Report on the nature of kala-azar
Disease focus: Kala-Azar
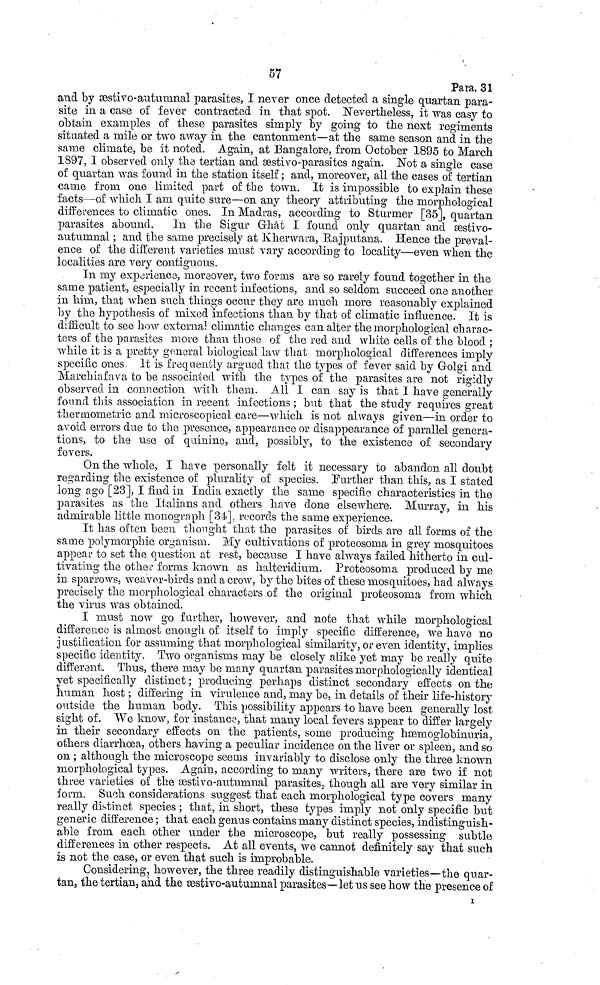
57
Para. 31
and by æstivo-autumnal parasites, I never once detected a single quartan para-
site in a case of fever contracted in that spot. Nevertheless, it was easy to
obtain examples of these parasites simply by going to the next regiments
situated a mile or two away in the cantonment—at the same season and in the
same climate, be it noted. Again, at Bangalore, from October 1895 to March
1897, I observed only the tertian and æstivo-parasites again. Not a single case
of quartan was found in the station itself ; and, moreover, all the cases of tertian
came from one limited part of the town. It is impossible to explain these
facts—of which I am quite sure—on any theory attributing the morphological
differences to climatic ones. In Madras, according to Sturmer [35], quartan
parasites abound. In the Sigur Ghât I found only quartan and æstivo-
autumnal ; and the same precisely at Kherwara, Rajputana. Hence the preval-
ence of the different varieties must vary according to locality—even when the
localities are very contiguous.
In my experience, moreover, two forms are so rarely found together in the
same patient, especially in recent infections, and so seldom succeed one another
in him, that when such things occur they are much more reasonably explained
by the hypothesis of mixed infections than by that of climatic influence. It is
difficult to see how external climatic changes can alter the morphological charac-
ters of the parasites more than those of the red and white cells of the blood ;
while it is a pretty general biological law that morphological differences imply
specific ones. It is frequently argued that the types of fever said by Golgi and
Marchiafava to be associated with the types of the parasites are not rigidly
observed in connection with them. All I can say is that I have generally
found this association in recent infections ; but that the study requires great
thermometric and microscopical care—which is not always given—in order to
avoid errors due to the presence, appearance or disappearance of parallel genera-
tions, to the use of quinine, and, possibly, to the existence of secondary
fevers.
On the whole, I have personally felt it necessary to abandon all doubt
regarding the existence of plurality of species. Further than this, as I stated
long ago [23], I find in India exactly the same specific characteristics in the
parasites as the Italians and others have done elsewhere. Murray, in his
admirable little monograph [34], records the same experience.
It has often been thought that the parasites of birds are all forms of the
same polymorphic organism. My cultivations of proteosoma in grey mosquitoes
appear to set the question at rest, because I have always failed hitherto in cul-
tivating the other forms known as halteridium. Proteosoma produced by me
in sparrows, weaver-birds and a crow, by the bites of these mosquitoes, had always
precisely the morphological characters of the original proteosoma from which
the virus was obtained.
I must now go farther, however, and note that while morphological
difference is almost enough of itself to imply specific difference, we have no
justification for assuming that morphological similarity, or even identity, implies
specific identity. Two organisms may be closely alike yet may be really quite
differant. Thus, there may be many quartan parasites morphologically identical
yet specifically distinct ; producing perhaps distinct secondary effects on the
human host ; differing in virulence and, may be, in details of their life-history
outside the human body. This possibility appears to have been generally lost
sight of. We know, for instance, that many local fevers appear to differ largely
in their secondary effects on the patients, some producing hæmoglobinuria,
others diarrhœa, others having a peculiar incidence on the liver or spleen, and so
on ; although the microscope seems invariably to disclose only the three known
morphological types. Again, according to many writers, there are two if not
three varieties of the æstivo-autumnal parasites, though all are very similar in
form. Such considerations suggest that each morphological type covers many
really distinct species ; that, in short, these types imply not only specific but
generic difference ; that each genus contains many distinct species, indistinguish-
able from each other under the microscope, but really possessing subtle
differences in other respects. At all events, we cannot definitely say that such
is not the case, or even that such is improbable.
Considering, however, the three readily distinguishable varieties—the quar-
tan, the tertian, and the æstivo-autumnal parasites—let us see how the presence of
I